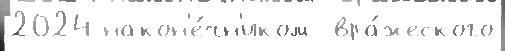
2024 након'е́чн'иком  вра́жеского